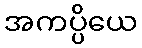
အကပ္ပိယေ